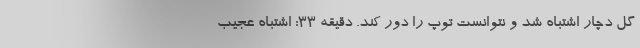
گل دچار اشتباه شد و نتوانست توپ را دور کند. دقیقه 33: اشتباه عجیب